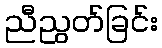
ညီညွတ်ခြင်း